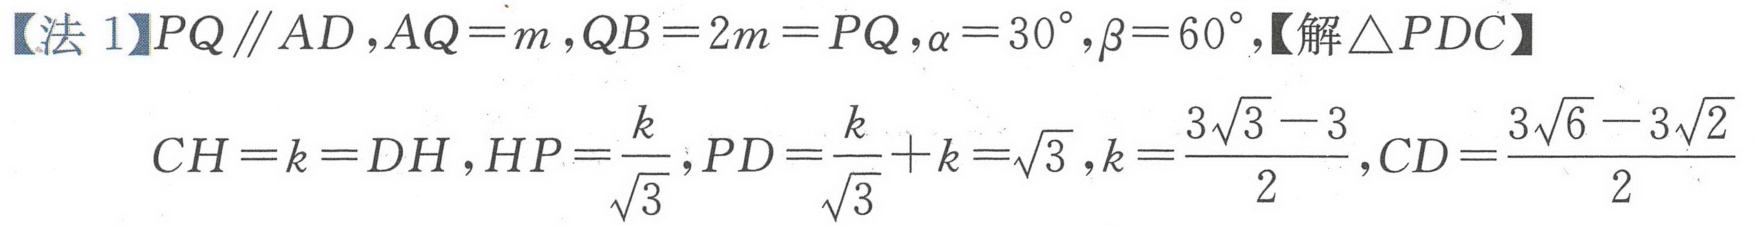
【法 1】\(PQ\parallel AD,AQ = m,QB = 2m=PQ,\alpha = 30^{\circ},\beta = 60^{\circ},【解\(\triangle PDC\)】
\(CH = k=DH,HP=\frac{k}{\sqrt{3}},PD=\frac{k}{\sqrt{3}}+k=\sqrt{3},k = \frac{3\sqrt{3}-3}{2},CD=\frac{3\sqrt{6}-3\sqrt{2}}{2}\)